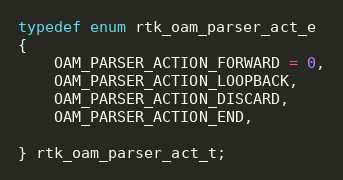
Language: C
typedef enum rtk_oam_parser_act_e
{
    OAM_PARSER_ACTION_FORWARD = 0,
    OAM_PARSER_ACTION_LOOPBACK,
    OAM_PARSER_ACTION_DISCARD,
    OAM_PARSER_ACTION_END,

} rtk_oam_parser_act_t;